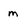
Character: m